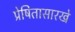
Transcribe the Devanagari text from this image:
प्रेषितासारखे